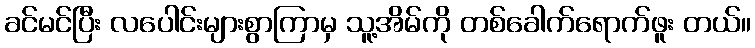
ခင်မင်ပြီး လပေါင်းများစွာကြာမှ သူ့အိမ်ကို တစ်ခေါက်ရောက်ဖူး တယ်။